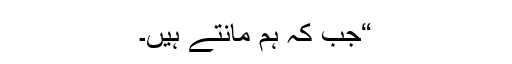
“جب کہ ہم مانتے ہیں۔